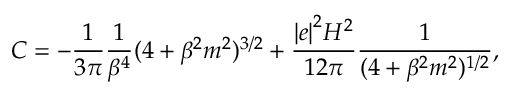
C = - \frac { 1 } { 3 \pi } \frac { 1 } { \beta ^ { 4 } } ( 4 + \beta ^ { 2 } m ^ { 2 } ) ^ { 3 / 2 } + \frac { { \vert e \vert } ^ { 2 } H ^ { 2 } } { 1 2 \pi } \frac { 1 } { ( 4 + \beta ^ { 2 } m ^ { 2 } ) ^ { 1 / 2 } } ,